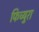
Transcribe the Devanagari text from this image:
फिच्युरा